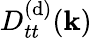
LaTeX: D_{tt}^{(\mathrm{d})}({\mathbf{k}})